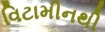
વિટામીનથી